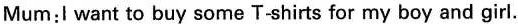
Mum: I want to buy some T-shirts for my boy and girl.